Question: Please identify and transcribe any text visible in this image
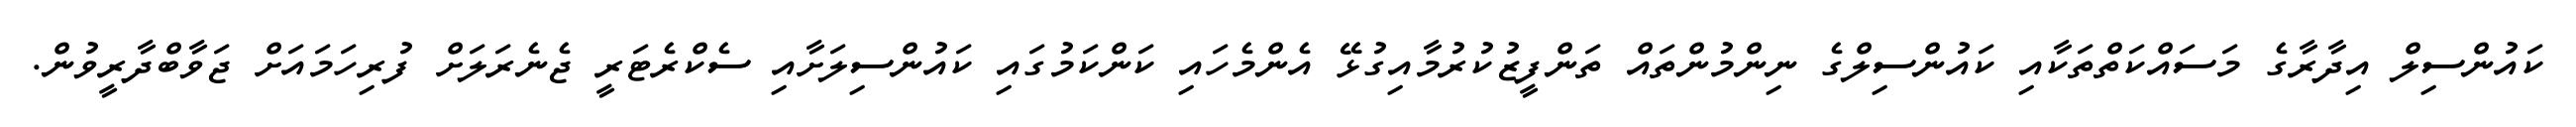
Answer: ކައުންސިލް އިދާރާގެ މަސައްކަތްތަކާއި ކައުންސިލްގެ ނިންމުންތައް ތަންފީޒުކުރުމާއިގުޅޭ އެންމެހައި ކަންކަމުގައި ކައުންސިލަށާއި ސެކްރެޓަރީ ޖެނެރަލަށް ފުރިހަމައަށް ޖަވާބްދާރީވުން.